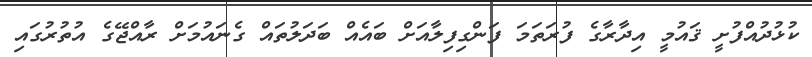
ކުޅުދުއްފުށީ ޤައުމީ އިދާރާގެ ފުރަތަމަ ފަންގިފިލާއަށް ބައެއް ބަދަލުތައް ގެނައުމަށް ރާއްޖޭގެ އުތުރުގައި